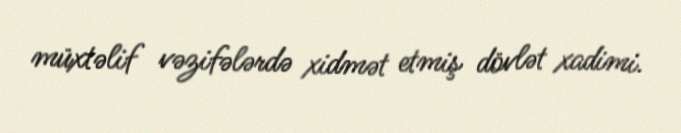
müxtəlif vəzifələrdə xidmət etmiş dövlət xadimi.